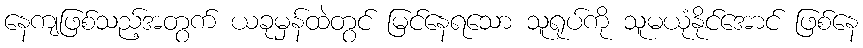
နေကျဖြစ်သည့်အတွက် ယခုမှန်ထဲတွင် မြင်နေရသော သူရုပ်ကို သူမယုံနိုင်အောင် ဖြစ်နေ